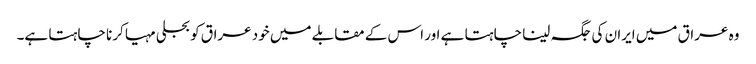
وہ عراق میں ایران کی جگہ لینا چاہتا ہے اور اس کے مقابلے میں خود عراق کو بجلی مہیا کرنا چاہتا ہے۔